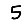
Digit: 5